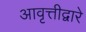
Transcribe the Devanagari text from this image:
आवृत्तीद्वारे